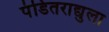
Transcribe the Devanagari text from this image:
पंडितराद्युला